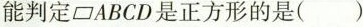
能判定\\parallelogram ABCD是正方形的是（ ）